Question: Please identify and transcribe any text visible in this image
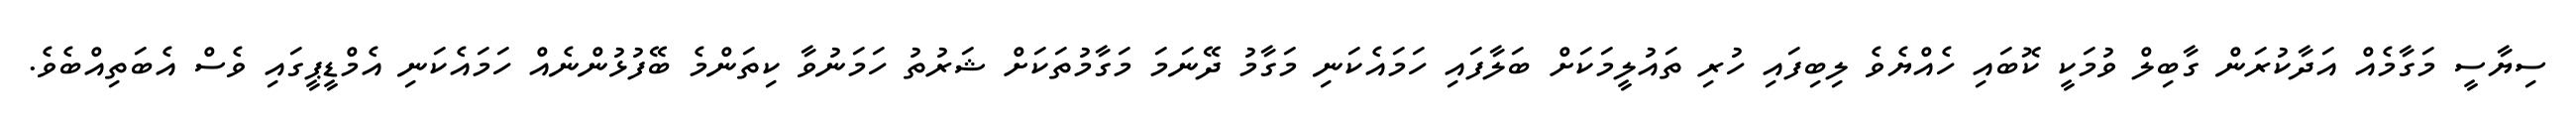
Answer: ސިޔާސީ މަގާމެއް އަދާކުރަން ގާބިލް ވުމަކީ ކޮބައި ހެއްޔެވެ ލިބިފައި ހުރި ތައުލީމަކަށް ބަލާފައި ހަމައެކަނި މަގާމު ދޭނަމަ މަގާމުތަކަށް ޝަރުތު ހަމަނުވާ ކިތަންމެ ބޭފުޅުންނެއް ހަމައެކަނި އެމްޑީޕީގައި ވެސް އެބަތިއްބެވެ.